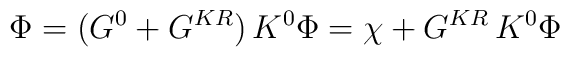
\Phi=(G^0+G^{KR})\,K^0\Phi=\chi+G^{KR}\,K^0\Phi